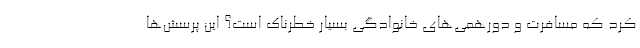
کرد که مسافرت و دورهمی‌های خانوادگی بسیار خطرناک است؟ این پرسش‌ها